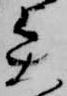
矢